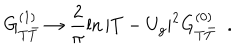
LaTeX: G _ { T { \bar { T } } } ^ { ( 1 ) } \rightarrow \frac { 2 } { \pi } \ln | T - U _ { g } | ^ { 2 } G _ { T { \bar { T } } } ^ { ( 0 ) } \; \; .